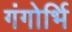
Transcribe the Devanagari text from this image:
गंगोर्भि